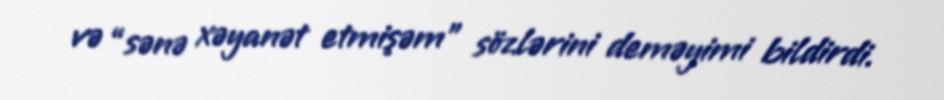
və “sənə xəyanət etmişəm” sözlərini deməyimi bildirdi.